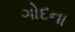
ગોદના